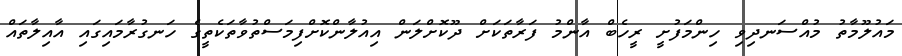
މައުލޫމާތު މުއްސަނދިވި ހިންމަފުށީ ރީހެބް އާންމު ފަރާތަކަށް ދޫކޮށްލަން އިއުލާންކޮށްފިމަސްތުވާތަކެތީގެ ހަނގުރާމައިގައި އާއިލާތައް